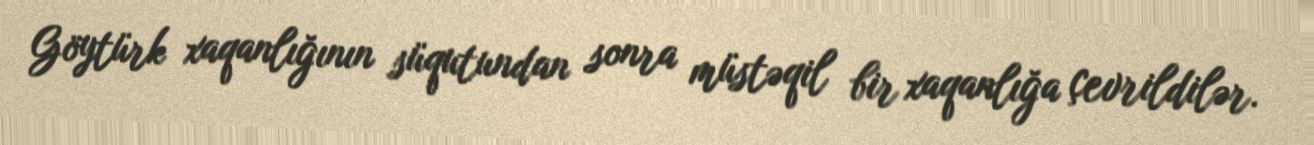
Göytürk xaqanlığının süqutundan sonra müstəqil bir xaqanlığa çevrildilər.